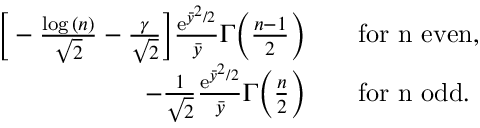
\begin{array} { r l } { \bigg [ - \frac { \log { ( n ) } } { \sqrt { 2 } } - \frac { \gamma } { \sqrt { 2 } } \bigg ] \frac { \mathrm { e } ^ { \bar { y } ^ { 2 } / 2 } } { \bar { y } } \Gamma \Big ( \frac { n - 1 } { 2 } \Big ) } & { \quad \mathrm { f o r ~ n ~ e v e n } , } \\ { - \frac { 1 } { \sqrt { 2 } } \frac { \mathrm { e } ^ { \bar { y } ^ { 2 } / 2 } } { \bar { y } } \Gamma \Big ( \frac { n } { 2 } \Big ) } & { \quad \mathrm { f o r ~ n ~ o d d } . } \end{array}